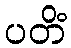
ပတိံ